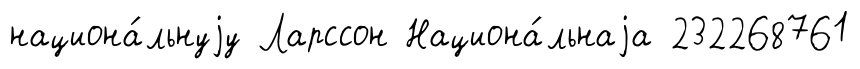
национа́льнуjу Ларссон Национа́льнаjа 232268761